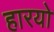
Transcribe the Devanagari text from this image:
हारयो